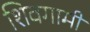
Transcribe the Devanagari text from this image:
शिवगामी